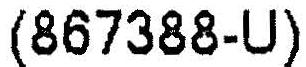
(867388-U)